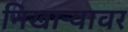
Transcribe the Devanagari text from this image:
निखाऱ्यावर